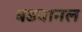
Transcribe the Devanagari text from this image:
बडवानल